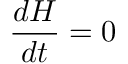
{ \frac { d H } { d t } } = 0